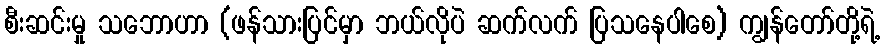
စီးဆင်းမှု သဘောဟာ (ဖန်သားပြင်မှာ ဘယ်လိုပဲ ဆက်လက် ပြသနေပါစေ) ကျွန်တော်တို့ရဲ့